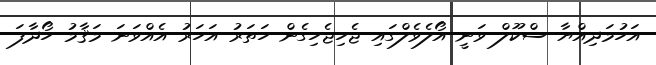
އަހުމަދިއްޔާ ސްކޫލް ވަނީ އޯލެވެލްގައި ޖެހިޖެހިގެން ހަތަރު އަހަރު އެއްވަނަ މަޤާމު ހޯދާފަ